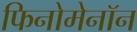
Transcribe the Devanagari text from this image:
फिनोमेनॉन